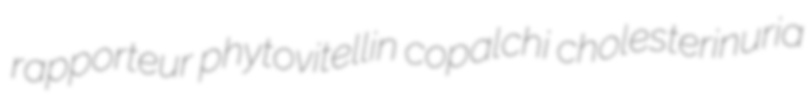
rapporteur phytovitellin copalchi cholesterinuria